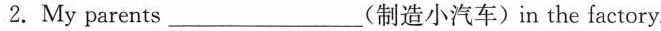
2.My parents___(制造小汽车)in the factory.